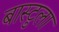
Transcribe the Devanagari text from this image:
बास्टुला